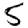
Digit: 5